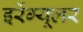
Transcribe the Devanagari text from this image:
इर्रेग्यूलर